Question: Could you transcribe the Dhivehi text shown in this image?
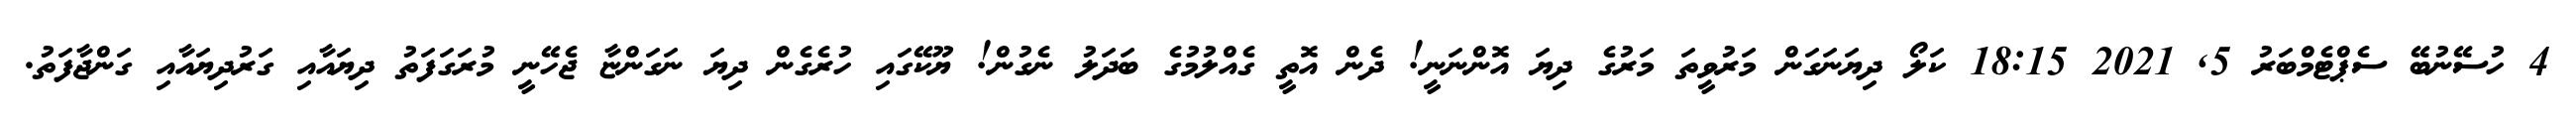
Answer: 4 ހުސޭނުބޭ ސެޕްޓެމްބަރު 5, 2021 18:15 ކަލޯ ދިޔަނަގަން މަރުވީތަ މަރުގެ ދިޔަ އޮންނަނީ! ދެން އޮތީ ގެއްލުމުގެ ބަދަލު ނެގުން! ޔޫކޭގައި ހުރެގެން ދިޔަ ނަގަންޏާ ޖެހޭނީ މުރަގަފަތު ދިޔައާއި ގަރުދިޔައާއި ގަންޖާފަތު.